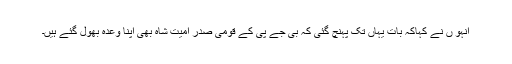
انہو ں نے کہاکہ بات یہاں تک پہنچ گئی کہ بی جے پی کے قومی صدر امیت شاہ بھی اپنا وعدہ بھول گئے ہیں۔